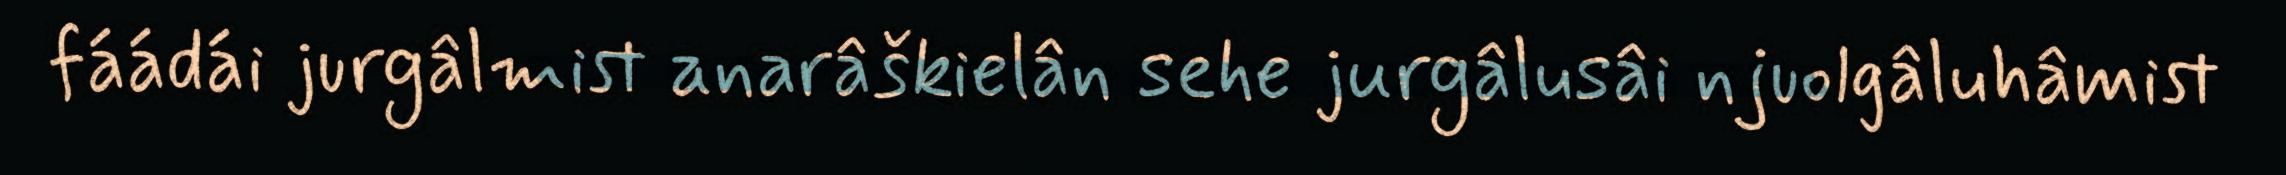
fáádái jurgâlmist anarâškielân sehe jurgâlusâi njuolgâluhâmist